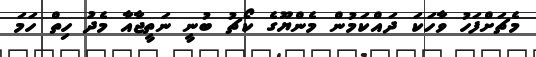
މެޗަށްފަހު ވާހަކަ ދައްކަމުން މެންޔޫގެ ކޯޗު ބުނީ ނަތީޖާއާ މެދު ހިތް ހަމަ